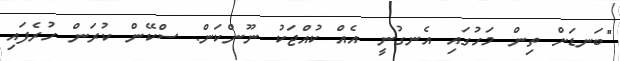
"ބަނޑަށް ތިން މަހުގައި އެނގުނީ އެއް ކުއްޖަކު ނޫންކަން. ސްކޭން ކުރަން ހުރެފައި